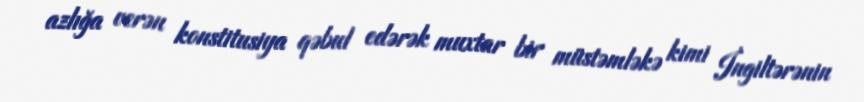
azlığa verən konstitusiya qəbul edərək muxtar bir müstəmləkə kimi İngiltərənin